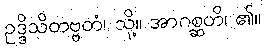
ဥဒ္ဒိသိတဗ္ဗတံ၊ သို့။ အာဂစ္ဆတိ၊ ၏။